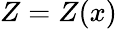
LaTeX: Z=Z(x)